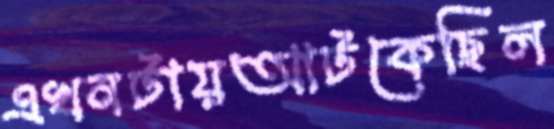
এখনটায়আটকেছিল